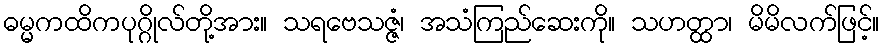
ဓမ္မကထိကပုဂ္ဂိုလ်တို့အား။ သရဗေသဇ္ဇံ၊ အသံကြည်ဆေးကို။ သဟတ္ထာ၊ မိမိလက်ဖြင့်။